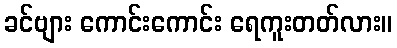
ခင်ဗျား ကောင်းကောင်း ရေကူးတတ်လား။